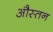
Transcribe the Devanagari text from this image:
औस्तन